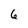
Character: 6